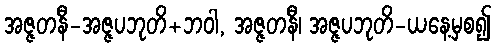
အဇ္ဇတနီ-အဇ္ဇပဘုတိ+ဘဝါ, အဇ္ဇတနီ၊ အဇ္ဇပဘုတိ-ယနေ့မှစ၍